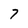
Character: 7